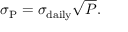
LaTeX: \sigma _ { \mathrm { P } } = \sigma _ { \mathrm { d a i l y } } { \sqrt { P } } .